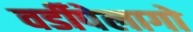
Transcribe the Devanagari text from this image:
वर्डीपेलागो